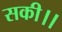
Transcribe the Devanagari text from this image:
सकी।।